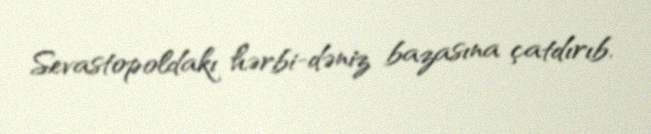
Sevastopoldakı hərbi-dəniz bazasına çatdırıb.